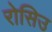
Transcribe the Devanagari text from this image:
रोसिउ